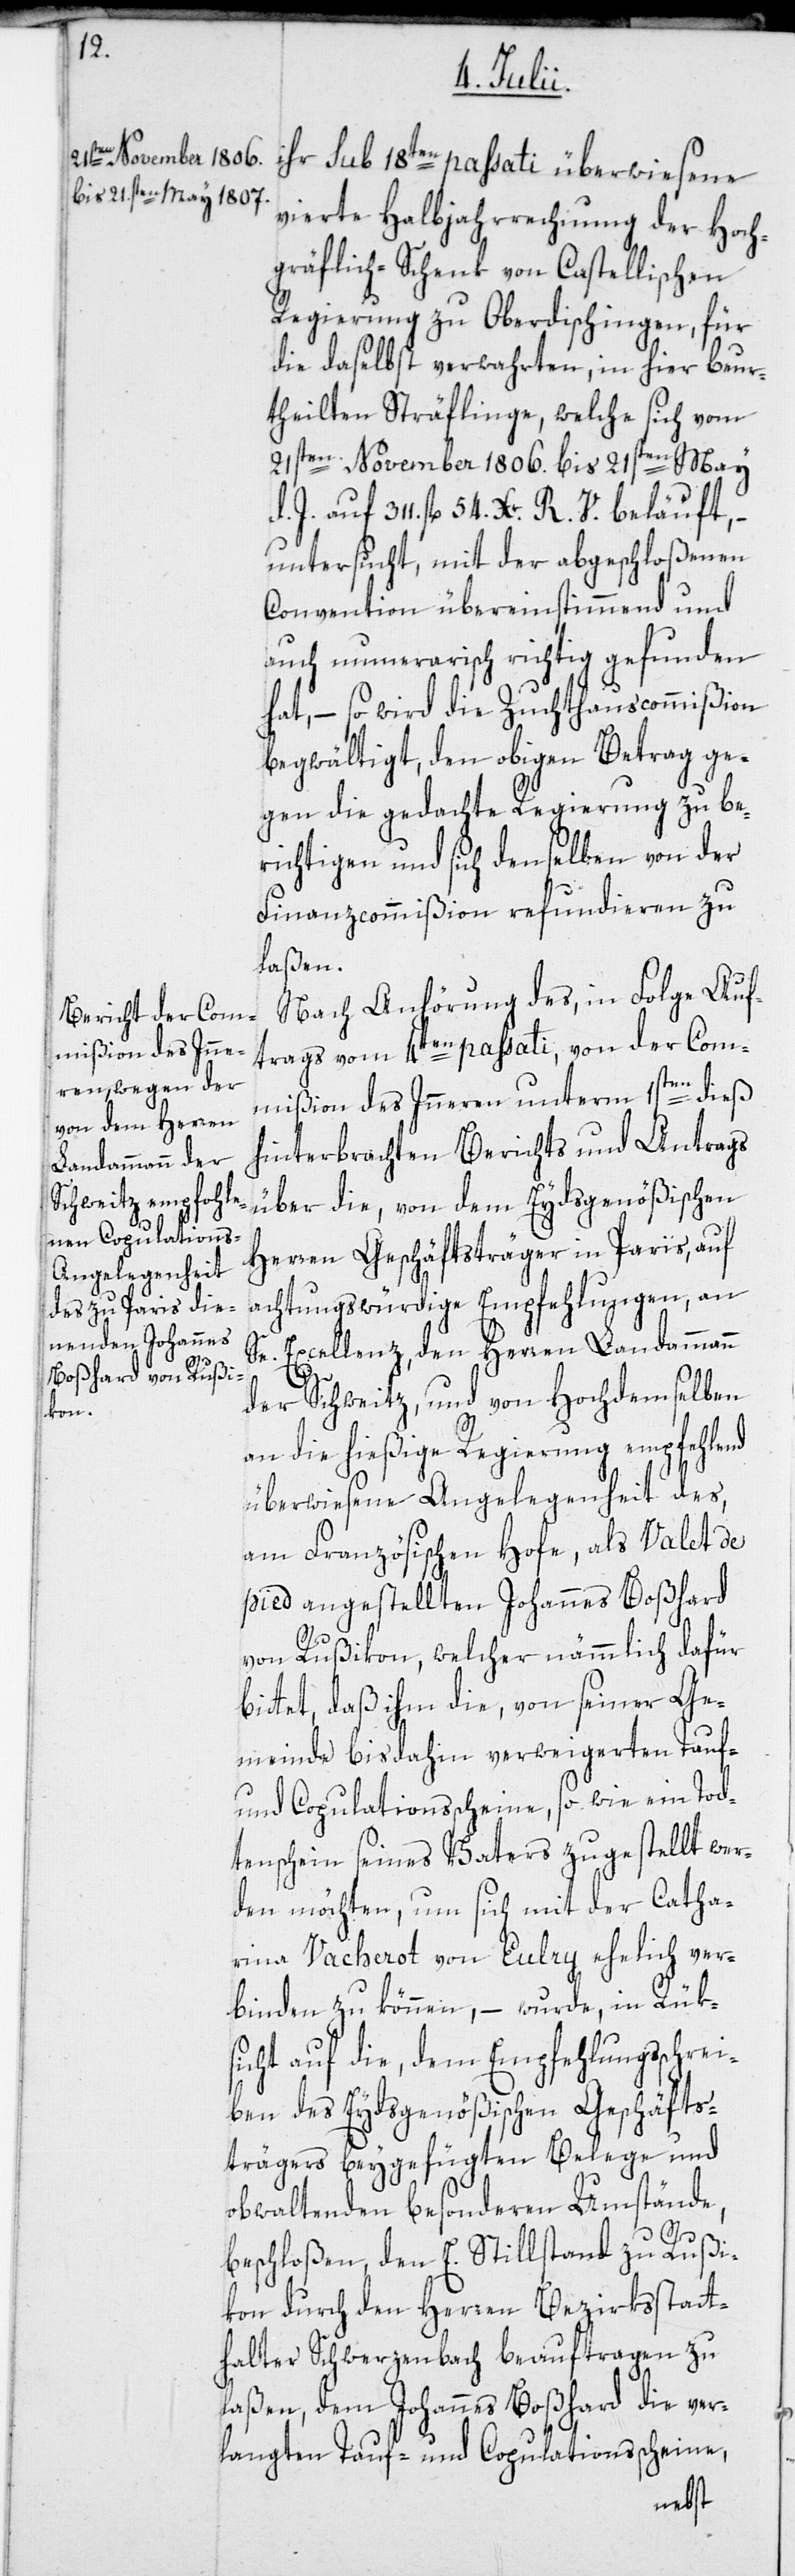
ihr sub 18ten passati überwiesene
vierte Halbjahrrechnung der Hoch¬
gräflich-Schenk von Castellischen
Regierung zu Oberdischingen, für
die daselbst verwahrten, in hier beur¬
theilten Sträflinge, welche sich vom
21sten November 1806. bis 21sten May
d. J. auf 311 fl. 54 Xr. R. V. beläuft,
untersucht, mit der abgeschloßenen
Convention übereinstimmend und
auch numerarisch richtig gefunden
hat, – so wird die Zuchthauscommißion
begwältigt, den obigen Betrag ge¬
gen die gedachte Regierung zu be¬
richtigen und sich denselben von der
Finanzcommißion refundieren zu
laßen.
Nach Anhörung des, in Folge Auf¬
trags vom 4ten passati, von der Com¬
mißion des Inneren unterm 1sten dieß
hinterbrachten Berichts und Antrags
über die, von dem Eydsgenößischen
Herren Geschäftsträger in Paris, auf
achtungswürdige Empfehlungen, an
cellenz, den Herren Landammann
Se.
Ex¬
der Schweitz, und von Hochdemselben
an die hießige Regierung empfehlend
überwiesene Angelegenheit des
am Französischen Hofe, als Valet de
pied angestellten Johannes Boßhard
von Rußikon, welcher nämmlich dafür
bittet, daß ihm die, von seiner Ge¬
meinde bisdahin verweigerten Tauf-
und Copulationsscheine, so wie ein Tod¬
tenschein seines Vaters zugestellt wer¬
den möchten, um sich mit der Catha¬
rina Vacherot von Eulry ehelich ver¬
binden zu können, – wurde, in Rük¬
sicht auf die, dem Empfehlungsschrei¬
ben des Eydsgenößischen Geschäfts¬
trägers beygefügten Belege und
obwaltenden besonderen Umstände,
beschloßen, den E. Stillstand zu Rußi¬
kon durch den Herren Bezirksstatt¬
halter Schwerzenbach beauftragen zu
laßen, dem Johannes Boßhard die ver¬
langten Tauf- und Copultationsscheine,